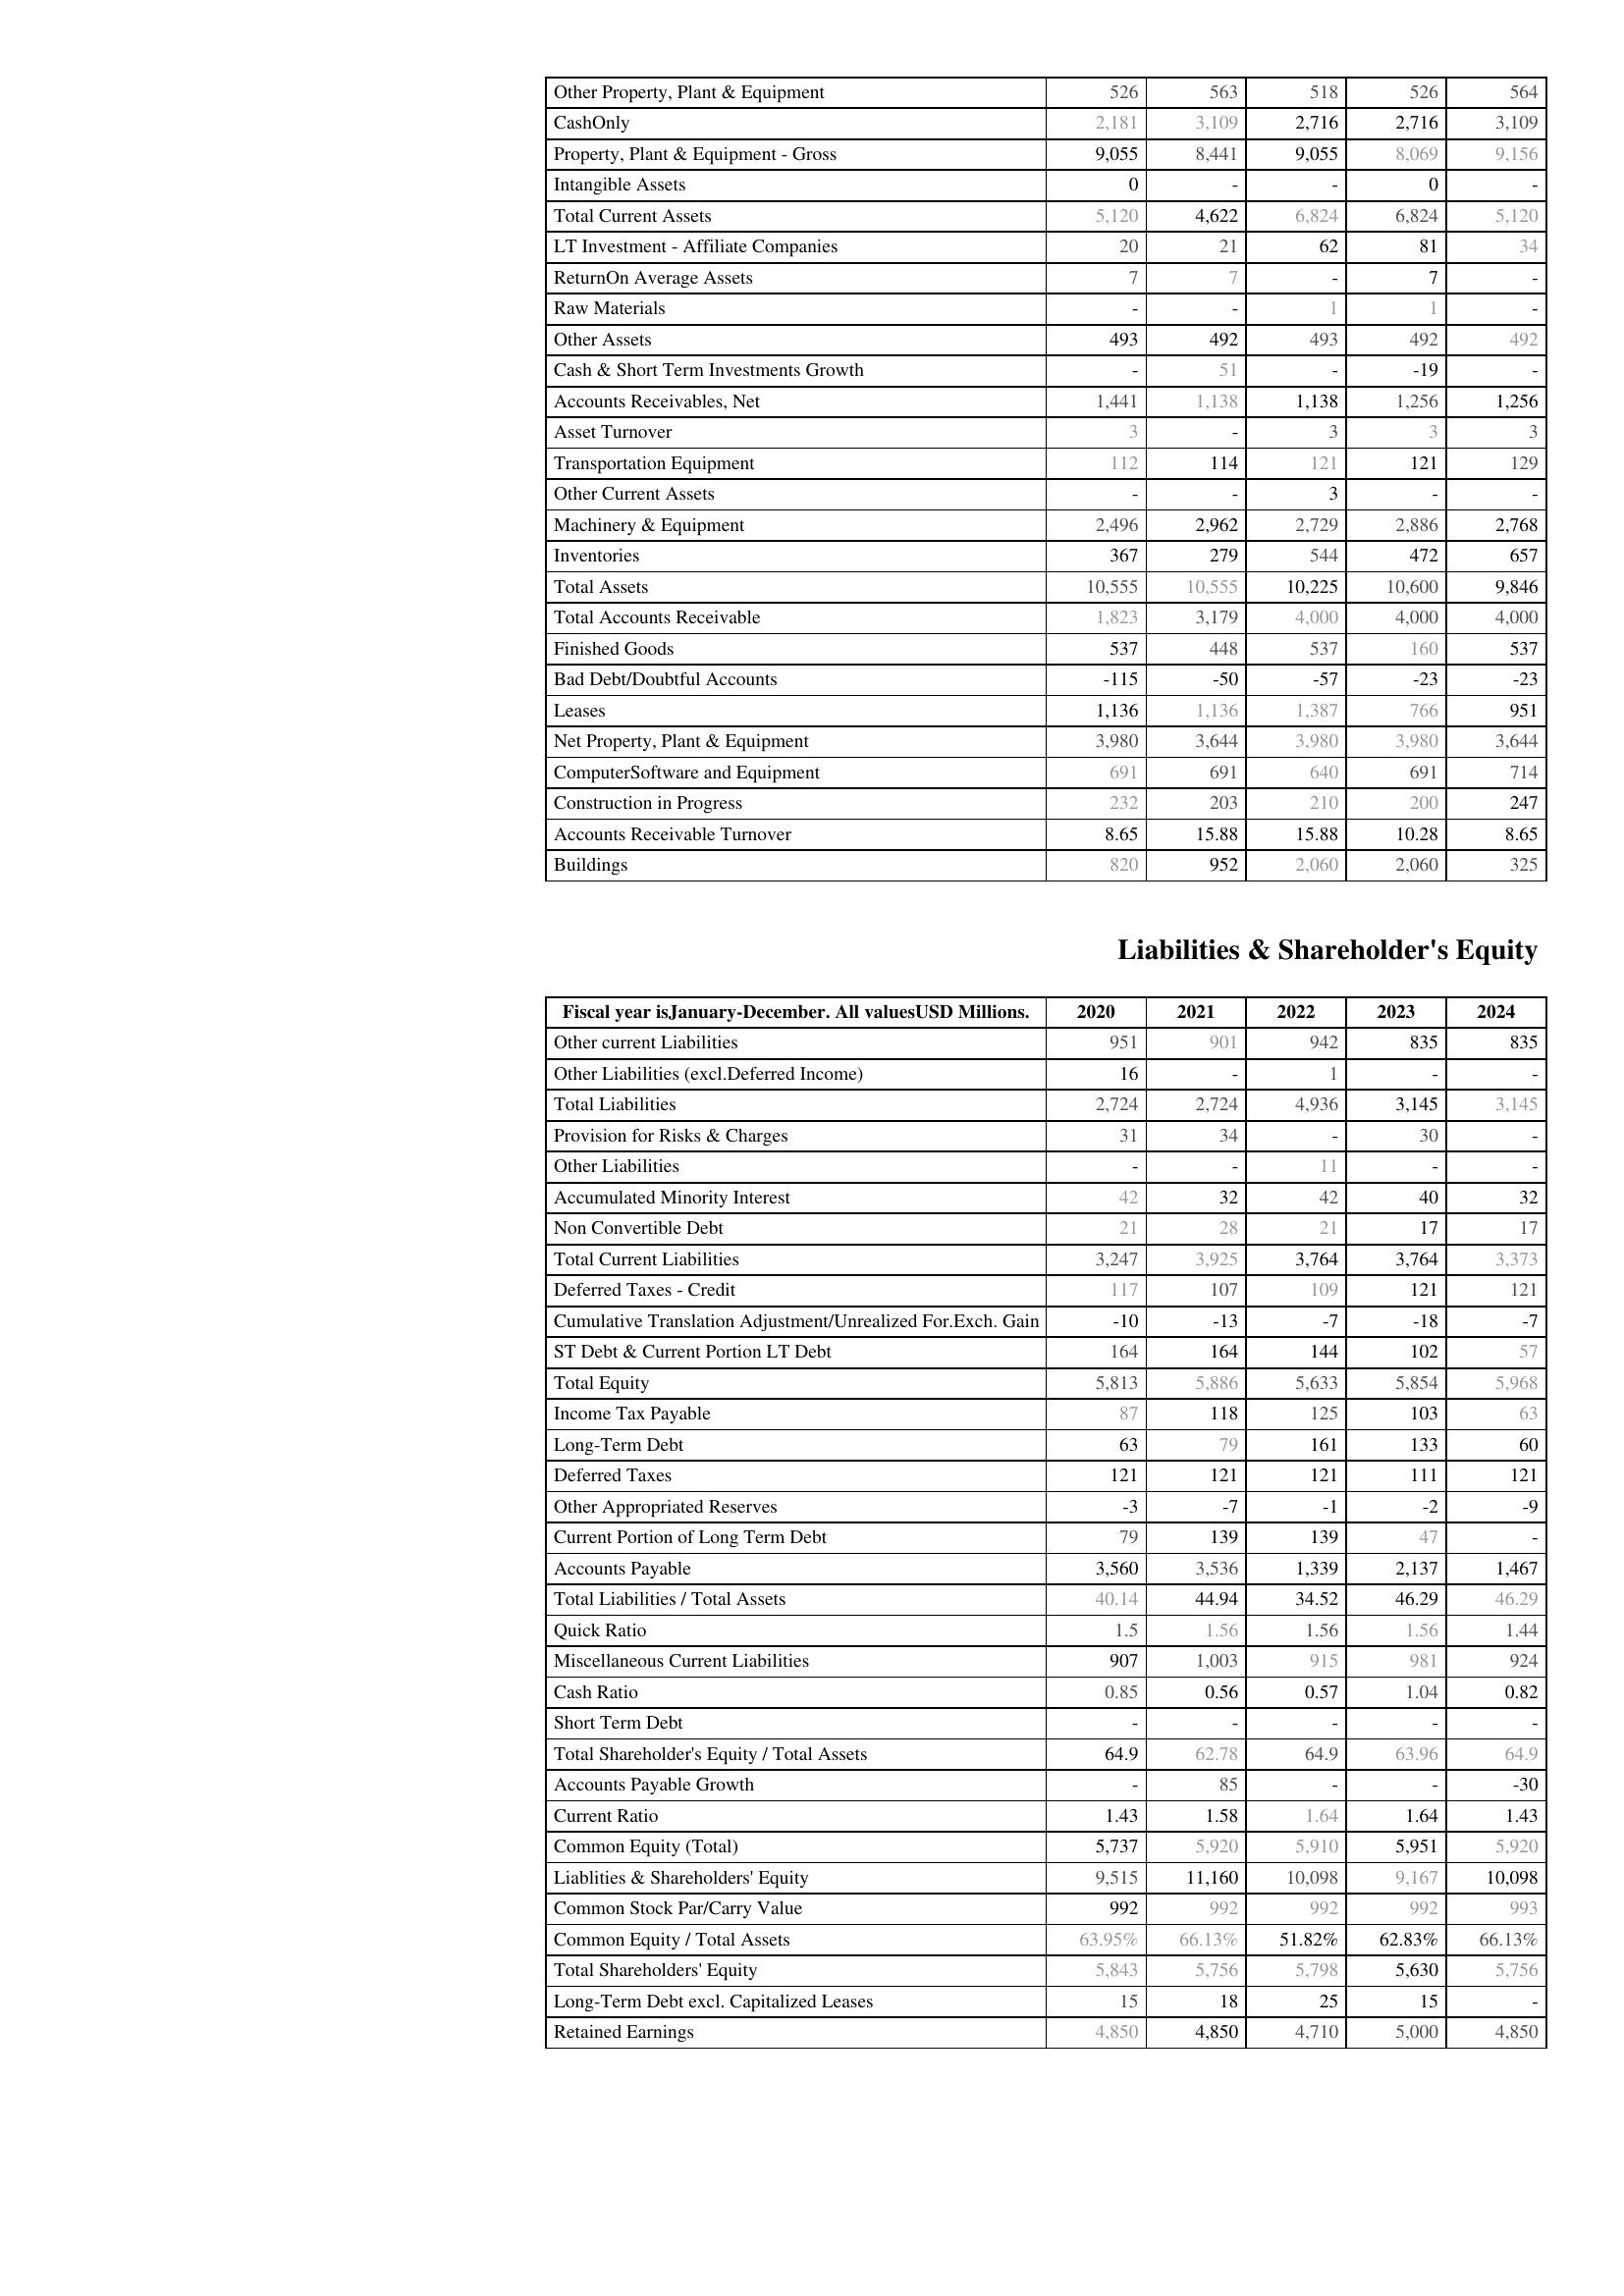
2020: Assets: Other Property, Plant & Equipment: 526
CashOnly: 2,181
Property, Plant & Equipment - Gross : 9,055
Intangible Assets: 0
Total Current Assets: 5,120
LT Investment - Affiliate Companies: 20
ReturnOn Average Assets: 7
Raw Materials: -
Other Assets: 493
Cash & Short Term Investments Growth: -
Accounts Receivables, Net: 1,441
Asset Turnover: 3
Transportation Equipment: 112
Other Current Assets: -
Machinery & Equipment: 2,496
Inventories: 367
Total Assets: 10,555
Total Accounts Receivable: 1,823
Finished Goods: 537
Bad Debt/Doubtful Accounts: -115
Leases: 1,136
Net Property, Plant & Equipment: 3,980
ComputerSoftware and Equipment: 691
Construction in Progress: 232
Accounts Receivable Turnover: 8.65
Buildings: 820
Liabilities & Shareholder's Equity: Other current Liabilities: 951
Other Liabilities (excl.Deferred Income): 16
Total Liabilities: 2,724
Provision for Risks & Charges: 31
Other Liabilities: -
Accumulated Minority Interest: 42
Non Convertible Debt: 21
Total Current Liabilities: 3,247
Deferred Taxes - Credit: 117
Cumulative Translation Adjustment/Unrealized For.Exch. Gain: -10
ST Debt & Current Portion LT Debt: 164
Total Equity: 5,813
Income Tax Payable: 87
Long-Term Debt: 63
Deferred Taxes: 121
Other Appropriated Reserves: -3
Current Portion of Long Term Debt: 79
Accounts Payable: 3,560
Total Liabilities / Total Assets: 40.14
Quick Ratio: 1.5
Miscellaneous Current Liabilities: 907
Cash Ratio: 0.85
Short Term Debt: -
Total Shareholder's Equity / Total Assets: 64.9
Accounts Payable Growth: -
Current Ratio: 1.43
Common Equity (Total): 5,737
Liablities & Shareholders' Equity: 9,515
Common Stock Par/Carry Value: 992
Common Equity / Total Assets: 63.95%
Total Shareholders' Equity: 5,843
Long-Term Debt excl. Capitalized Leases: 15
Retained Earnings: 4,850
2021: Assets: Other Property, Plant & Equipment: 563
CashOnly: 3,109
Property, Plant & Equipment - Gross : 8,441
Intangible Assets: -
Total Current Assets: 4,622
LT Investment - Affiliate Companies: 21
ReturnOn Average Assets: 7
Raw Materials: -
Other Assets: 492
Cash & Short Term Investments Growth: 51
Accounts Receivables, Net: 1,138
Asset Turnover: -
Transportation Equipment: 114
Other Current Assets: -
Machinery & Equipment: 2,962
Inventories: 279
Total Assets: 10,555
Total Accounts Receivable: 3,179
Finished Goods: 448
Bad Debt/Doubtful Accounts: -50
Leases: 1,136
Net Property, Plant & Equipment: 3,644
ComputerSoftware and Equipment: 691
Construction in Progress: 203
Accounts Receivable Turnover: 15.88
Buildings: 952
Liabilities & Shareholder's Equity: Other current Liabilities: 901
Other Liabilities (excl.Deferred Income): -
Total Liabilities: 2,724
Provision for Risks & Charges: 34
Other Liabilities: -
Accumulated Minority Interest: 32
Non Convertible Debt: 28
Total Current Liabilities: 3,925
Deferred Taxes - Credit: 107
Cumulative Translation Adjustment/Unrealized For.Exch. Gain: -13
ST Debt & Current Portion LT Debt: 164
Total Equity: 5,886
Income Tax Payable: 118
Long-Term Debt: 79
Deferred Taxes: 121
Other Appropriated Reserves: -7
Current Portion of Long Term Debt: 139
Accounts Payable: 3,536
Total Liabilities / Total Assets: 44.94
Quick Ratio: 1.56
Miscellaneous Current Liabilities: 1,003
Cash Ratio: 0.56
Short Term Debt: -
Total Shareholder's Equity / Total Assets: 62.78
Accounts Payable Growth: 85
Current Ratio: 1.58
Common Equity (Total): 5,920
Liablities & Shareholders' Equity: 11,160
Common Stock Par/Carry Value: 992
Common Equity / Total Assets: 66.13%
Total Shareholders' Equity: 5,756
Long-Term Debt excl. Capitalized Leases: 18
Retained Earnings: 4,850
2022: Assets: Other Property, Plant & Equipment: 518
CashOnly: 2,716
Property, Plant & Equipment - Gross : 9,055
Intangible Assets: -
Total Current Assets: 6,824
LT Investment - Affiliate Companies: 62
ReturnOn Average Assets: -
Raw Materials: 1
Other Assets: 493
Cash & Short Term Investments Growth: -
Accounts Receivables, Net: 1,138
Asset Turnover: 3
Transportation Equipment: 121
Other Current Assets: 3
Machinery & Equipment: 2,729
Inventories: 544
Total Assets: 10,225
Total Accounts Receivable: 4,000
Finished Goods: 537
Bad Debt/Doubtful Accounts: -57
Leases: 1,387
Net Property, Plant & Equipment: 3,980
ComputerSoftware and Equipment: 640
Construction in Progress: 210
Accounts Receivable Turnover: 15.88
Buildings: 2,060
Liabilities & Shareholder's Equity: Other current Liabilities: 942
Other Liabilities (excl.Deferred Income): 1
Total Liabilities: 4,936
Provision for Risks & Charges: -
Other Liabilities: 11
Accumulated Minority Interest: 42
Non Convertible Debt: 21
Total Current Liabilities: 3,764
Deferred Taxes - Credit: 109
Cumulative Translation Adjustment/Unrealized For.Exch. Gain: -7
ST Debt & Current Portion LT Debt: 144
Total Equity: 5,633
Income Tax Payable: 125
Long-Term Debt: 161
Deferred Taxes: 121
Other Appropriated Reserves: -1
Current Portion of Long Term Debt: 139
Accounts Payable: 1,339
Total Liabilities / Total Assets: 34.52
Quick Ratio: 1.56
Miscellaneous Current Liabilities: 915
Cash Ratio: 0.57
Short Term Debt: -
Total Shareholder's Equity / Total Assets: 64.9
Accounts Payable Growth: -
Current Ratio: 1.64
Common Equity (Total): 5,910
Liablities & Shareholders' Equity: 10,098
Common Stock Par/Carry Value: 992
Common Equity / Total Assets: 51.82%
Total Shareholders' Equity: 5,798
Long-Term Debt excl. Capitalized Leases: 25
Retained Earnings: 4,710
2023: Assets: Other Property, Plant & Equipment: 526
CashOnly: 2,716
Property, Plant & Equipment - Gross : 8,069
Intangible Assets: 0
Total Current Assets: 6,824
LT Investment - Affiliate Companies: 81
ReturnOn Average Assets: 7
Raw Materials: 1
Other Assets: 492
Cash & Short Term Investments Growth: -19
Accounts Receivables, Net: 1,256
Asset Turnover: 3
Transportation Equipment: 121
Other Current Assets: -
Machinery & Equipment: 2,886
Inventories: 472
Total Assets: 10,600
Total Accounts Receivable: 4,000
Finished Goods: 160
Bad Debt/Doubtful Accounts: -23
Leases: 766
Net Property, Plant & Equipment: 3,980
ComputerSoftware and Equipment: 691
Construction in Progress: 200
Accounts Receivable Turnover: 10.28
Buildings: 2,060
Liabilities & Shareholder's Equity: Other current Liabilities: 835
Other Liabilities (excl.Deferred Income): -
Total Liabilities: 3,145
Provision for Risks & Charges: 30
Other Liabilities: -
Accumulated Minority Interest: 40
Non Convertible Debt: 17
Total Current Liabilities: 3,764
Deferred Taxes - Credit: 121
Cumulative Translation Adjustment/Unrealized For.Exch. Gain: -18
ST Debt & Current Portion LT Debt: 102
Total Equity: 5,854
Income Tax Payable: 103
Long-Term Debt: 133
Deferred Taxes: 111
Other Appropriated Reserves: -2
Current Portion of Long Term Debt: 47
Accounts Payable: 2,137
Total Liabilities / Total Assets: 46.29
Quick Ratio: 1.56
Miscellaneous Current Liabilities: 981
Cash Ratio: 1.04
Short Term Debt: -
Total Shareholder's Equity / Total Assets: 63.96
Accounts Payable Growth: -
Current Ratio: 1.64
Common Equity (Total): 5,951
Liablities & Shareholders' Equity: 9,167
Common Stock Par/Carry Value: 992
Common Equity / Total Assets: 62.83%
Total Shareholders' Equity: 5,630
Long-Term Debt excl. Capitalized Leases: 15
Retained Earnings: 5,000
2024: Assets: Other Property, Plant & Equipment: 564
CashOnly: 3,109
Property, Plant & Equipment - Gross : 9,156
Intangible Assets: -
Total Current Assets: 5,120
LT Investment - Affiliate Companies: 34
ReturnOn Average Assets: -
Raw Materials: -
Other Assets: 492
Cash & Short Term Investments Growth: -
Accounts Receivables, Net: 1,256
Asset Turnover: 3
Transportation Equipment: 129
Other Current Assets: -
Machinery & Equipment: 2,768
Inventories: 657
Total Assets: 9,846
Total Accounts Receivable: 4,000
Finished Goods: 537
Bad Debt/Doubtful Accounts: -23
Leases: 951
Net Property, Plant & Equipment: 3,644
ComputerSoftware and Equipment: 714
Construction in Progress: 247
Accounts Receivable Turnover: 8.65
Buildings: 325
Liabilities & Shareholder's Equity: Other current Liabilities: 835
Other Liabilities (excl.Deferred Income): -
Total Liabilities: 3,145
Provision for Risks & Charges: -
Other Liabilities: -
Accumulated Minority Interest: 32
Non Convertible Debt: 17
Total Current Liabilities: 3,373
Deferred Taxes - Credit: 121
Cumulative Translation Adjustment/Unrealized For.Exch. Gain: -7
ST Debt & Current Portion LT Debt: 57
Total Equity: 5,968
Income Tax Payable: 63
Long-Term Debt: 60
Deferred Taxes: 121
Other Appropriated Reserves: -9
Current Portion of Long Term Debt: -
Accounts Payable: 1,467
Total Liabilities / Total Assets: 46.29
Quick Ratio: 1.44
Miscellaneous Current Liabilities: 924
Cash Ratio: 0.82
Short Term Debt: -
Total Shareholder's Equity / Total Assets: 64.9
Accounts Payable Growth: -30
Current Ratio: 1.43
Common Equity (Total): 5,920
Liablities & Shareholders' Equity: 10,098
Common Stock Par/Carry Value: 993
Common Equity / Total Assets: 66.13%
Total Shareholders' Equity: 5,756
Long-Term Debt excl. Capitalized Leases: -
Retained Earnings: 4,850